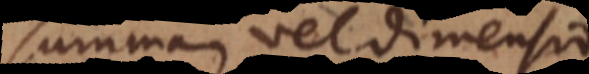
summam vel dimensionem